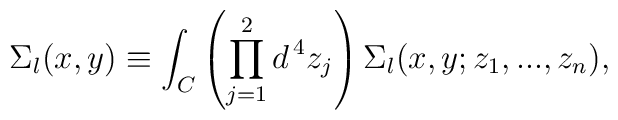
\Sigma_l (x, y) \equiv \int_C \left( \prod_{j = 1}^2 d^{\, 4} z_j \right) \Sigma_l (x, y; z_1, ..., z_n) ,